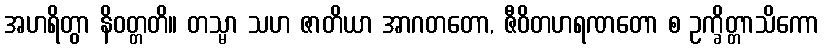
အဟရိတွာ နိဝတ္တတိ။ တသ္မာ သဟ ဇာတိယာ အာဂတတော, ဇီဝိတဟရဏတော စ ဥက္ခိတ္တာသိကော